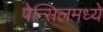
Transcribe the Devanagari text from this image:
पेन्सिलमध्ये